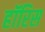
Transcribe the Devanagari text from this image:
हॉरिस